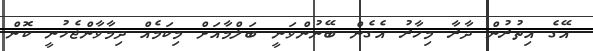
އޭގެ އިތުރުން ދާރާ މިހާރު އެގެން ބޭނުންވަނީ ބަލްމާއަށް މިކަމެއް ދިމާވާންޖެހުނީ ކޮން